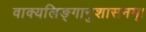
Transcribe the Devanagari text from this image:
वाक्यलिङ्गानुशासनम्।